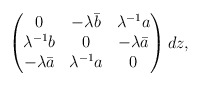
\begin{align*}\begin{pmatrix}0&-\lambda \bar{b}&\lambda^{-1}a\\\lambda^{-1}b&0&-\lambda \bar{a}\\-\lambda\bar{a}&\lambda^{-1} a&0\end{pmatrix} dz,\end{align*}